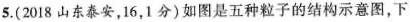
5.(2018山东泰安，16，1分)如图是五种粒子的结构示意图，下